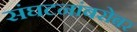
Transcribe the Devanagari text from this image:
संघटनांबरोबर